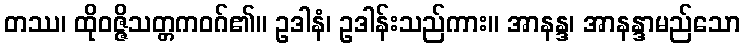
တဿ၊ ထိုဝဇ္ဇိသတ္တကဝဂ်၏။ ဥဒါနံ၊ ဥဒါန်းသည်ကား။ အာနန္ဒ၊ အာနန္ဒာမည်သော